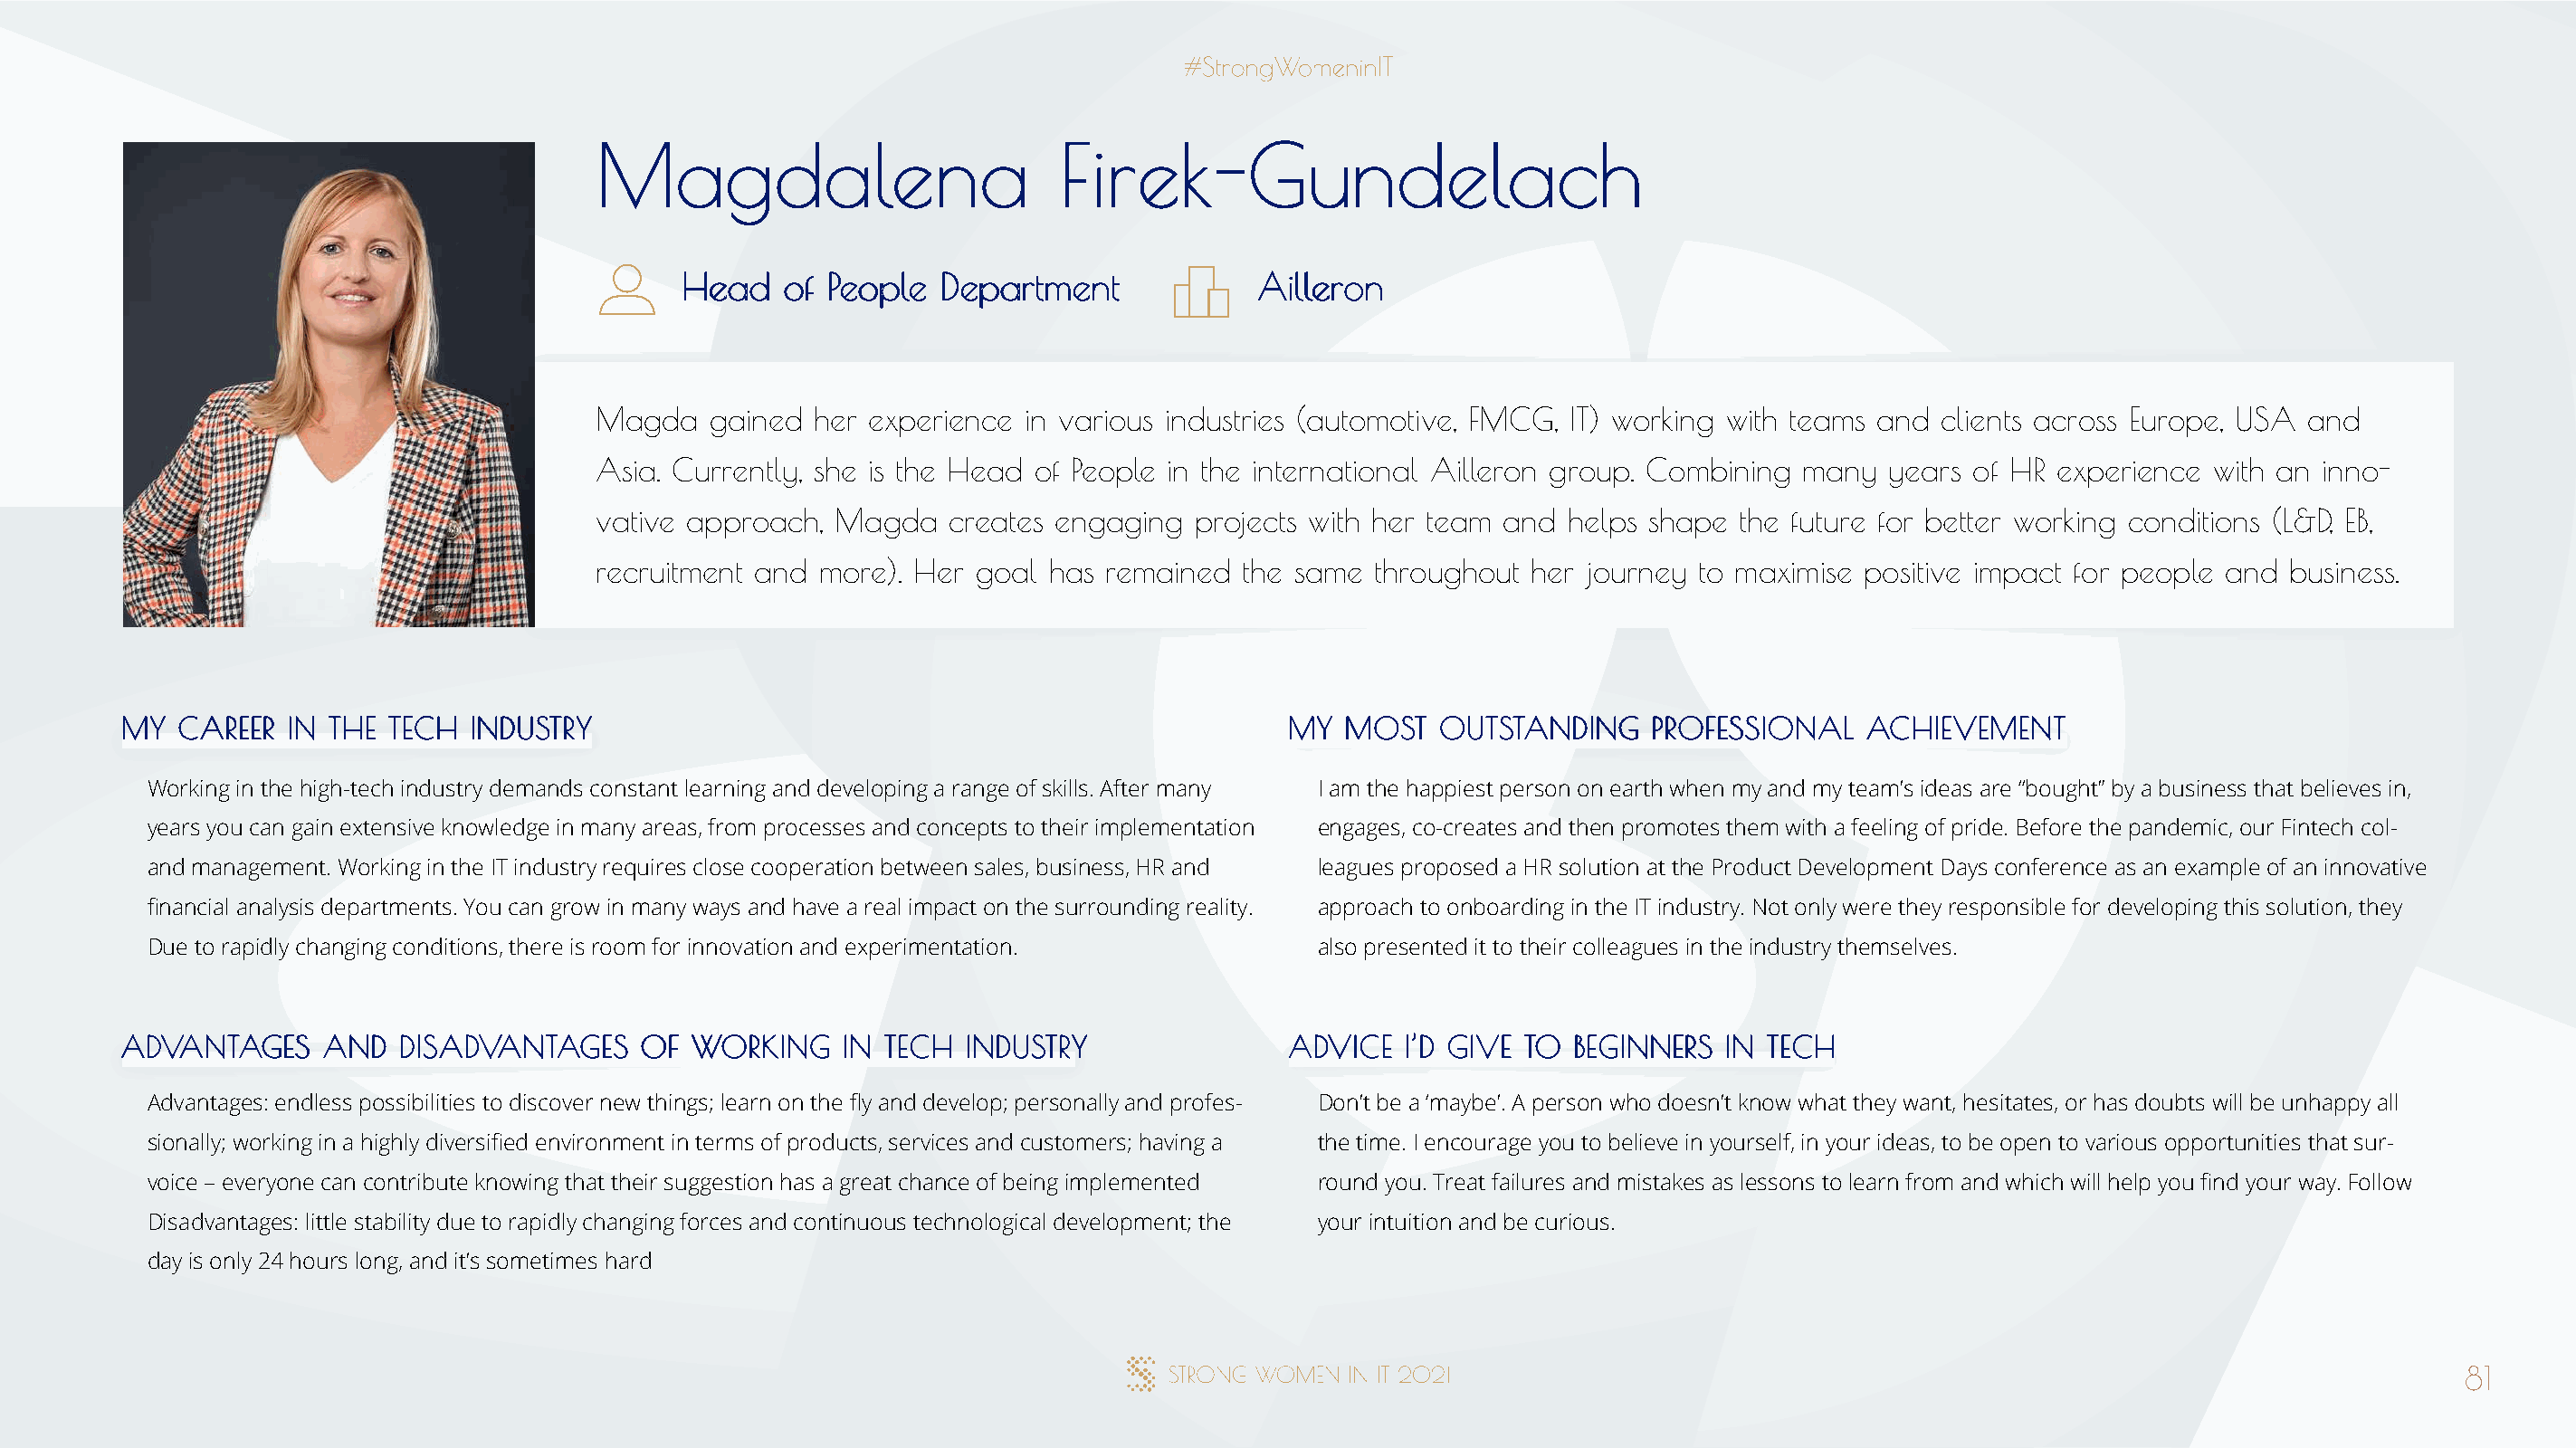
MMaaggddaalleennaa               FFiirreekk--GGuunnddeellaacchh
 HHeeaadd ooff PPeeooppllee DDeeppaarrttmmeenntt AAiilllleerroonn
 Magda   gained  her experience in various industries (automotive, FMCG, IT) working with teams and clients across Europe, USA and
 Asia. Currently, she is the Head of People in the international Ailleron group. Combining many years of HR experience with an inno-
 vative approach, Magda   creates engaging  projects with her team and  helps shape the future for better working conditions (L&D, EB,
 recruitment and more). Her goal  has remained  the same  throughout her journey to maximise positive impact for people and business.
 MMYY CCAARREEEERR IINN TTHHEE TTEECCHH IINNDDUUSSTTRRYY                              MMYY MMOOSSTT OOUUTTSSTTAANNDDIINNGG PPRROOFFEESSSSIIOONNAALL AACCHHIIEEVVEEMMEENNTT
 Working in the high-tech industry demands constant learning and developing a range of skills. After many I am the happiest person on earth when my and my team’s ideas are “bought” by a business that believes in,
 years you can gain extensive knowledge in many areas, from processes and concepts to their implementation engages, co-creates and then promotes them with a feeling of pride. Before the pandemic, our Fintech col-
 and management. Working in the IT industry requires close cooperation between sales, business, HR and leagues proposed a HR solution at the Product Development Days conference as an example of an innovative
 financial analysis departments. You can grow in many ways and have a real impact on the surrounding reality. approach to onboarding in the IT industry. Not only were they responsible for developing this solution, they
 Due to rapidly changing conditions, there is room for innovation and experimentation. also presented it to their colleagues in the industry themselves.
 AADDVVAANNTTAAGGEESS AANNDD DDIISSAADDVVAANNTTAAGGEESS OOFF WWOORRKKIINNGG IINN TTEECCHH IINNDDUUSSTTRRYY AADDVVIICCEE II’’DD GGIIVVEE TTOO BBEEGGIINNNNEERRSS IINN TTEECCHH
 Advantages: endless possibilities to discover new things; learn on the fly and develop; personally and profes- Don’t be a ‘maybe’. A person who doesn’t know what they want, hesitates, or has doubts will be unhappy all
 sionally; working in a highly diversified environment in terms of products, services and customers; having a the time. I encourage you to believe in yourself, in your ideas, to be open to various opportunities that sur-
 voice – everyone can contribute knowing that their suggestion has a great chance of being implemented round you. Treat failures and mistakes as lessons to learn from and which will help you find your way. Follow
 Disadvantages: little stability due to rapidly changing forces and continuous technological development; the your intuition and be curious.
 day is only 24 hours long, and it’s sometimes hard
 81